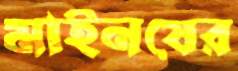
মাইনষের